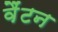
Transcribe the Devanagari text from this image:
वैंटन